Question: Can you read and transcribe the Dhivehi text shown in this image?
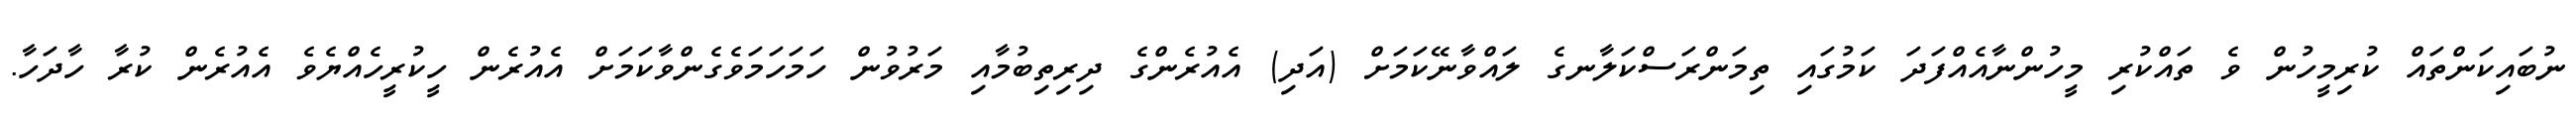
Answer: ނުބައިކަންތައް ކުރިމީހުން ވެ ތައްކުރި މީހުންނާއެއްފަދަ ކަމުގައި ތިމަންރަސްކަލާނގެ ލައްވާނޭކަމަށް (އަދި) އެއުރެންގެ ދިރިތިބުމާއި މަރުވުން ހަމަހަމަވެގެންވާކަމަށް އެއުރެން ހީކުރީހެއްޔެވެ އެއުރެން ކުރާ ހާދަހާ.